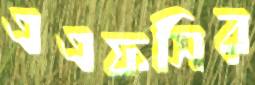
এএফসির